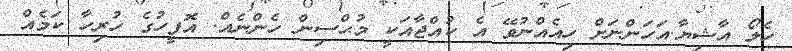
ހެލޯ އާޝިޔާ.އަހަންނަށް ހިއެއްނުވޭ އެ ކުއްޖާއަކީ މުޙްސިން ހެންނެއް. އޮފީހުގެ ހުރިހާ ކަމެއް